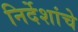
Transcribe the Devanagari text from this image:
निर्देशांचे